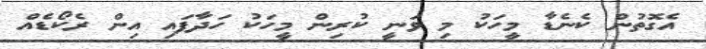
އެގޮތުން ކެނެޑާ މީހަކު މި ވަނީ ކުރިން މީހަކު ހަދާފައި އިން ރެކޯޑެއް